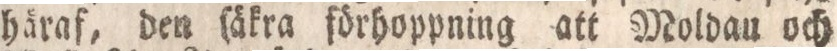
häraf, den ſäkra förhoppning att Moldau och